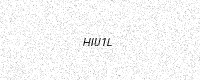
Text: HIU1L